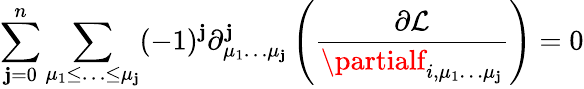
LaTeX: \sum_{\mathbf{j}=0}^{n}\sum_{\mu_{1}\leq\ldots\leq\mu_{\mathbf{j}}}(-1)^{\mathbf{j}}\partial_{\mu_{1}\ldots\mu_{\mathbf{j}}}^{\mathbf{j}}\left({\frac{{\partial{\mathcal{{L}}}}}{{\partialf_{i,\mu_{1}\dots\mu_{\mathbf{j}}}}}}\right)=0